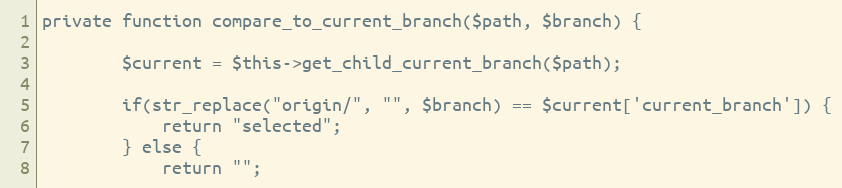
Language: PHP
private function compare_to_current_branch($path, $branch) {

		$current = $this->get_child_current_branch($path);

		if(str_replace("origin/", "", $branch) == $current['current_branch']) {
			return "selected";
		} else {
			return "";